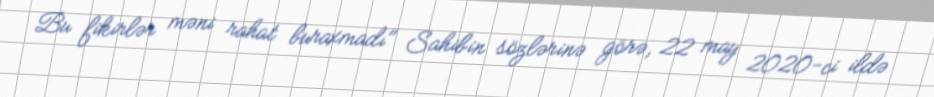
Bu fikirlər məni rahat buraxmadı" Sahibin sözlərinə görə, 22 may 2020-ci ildə